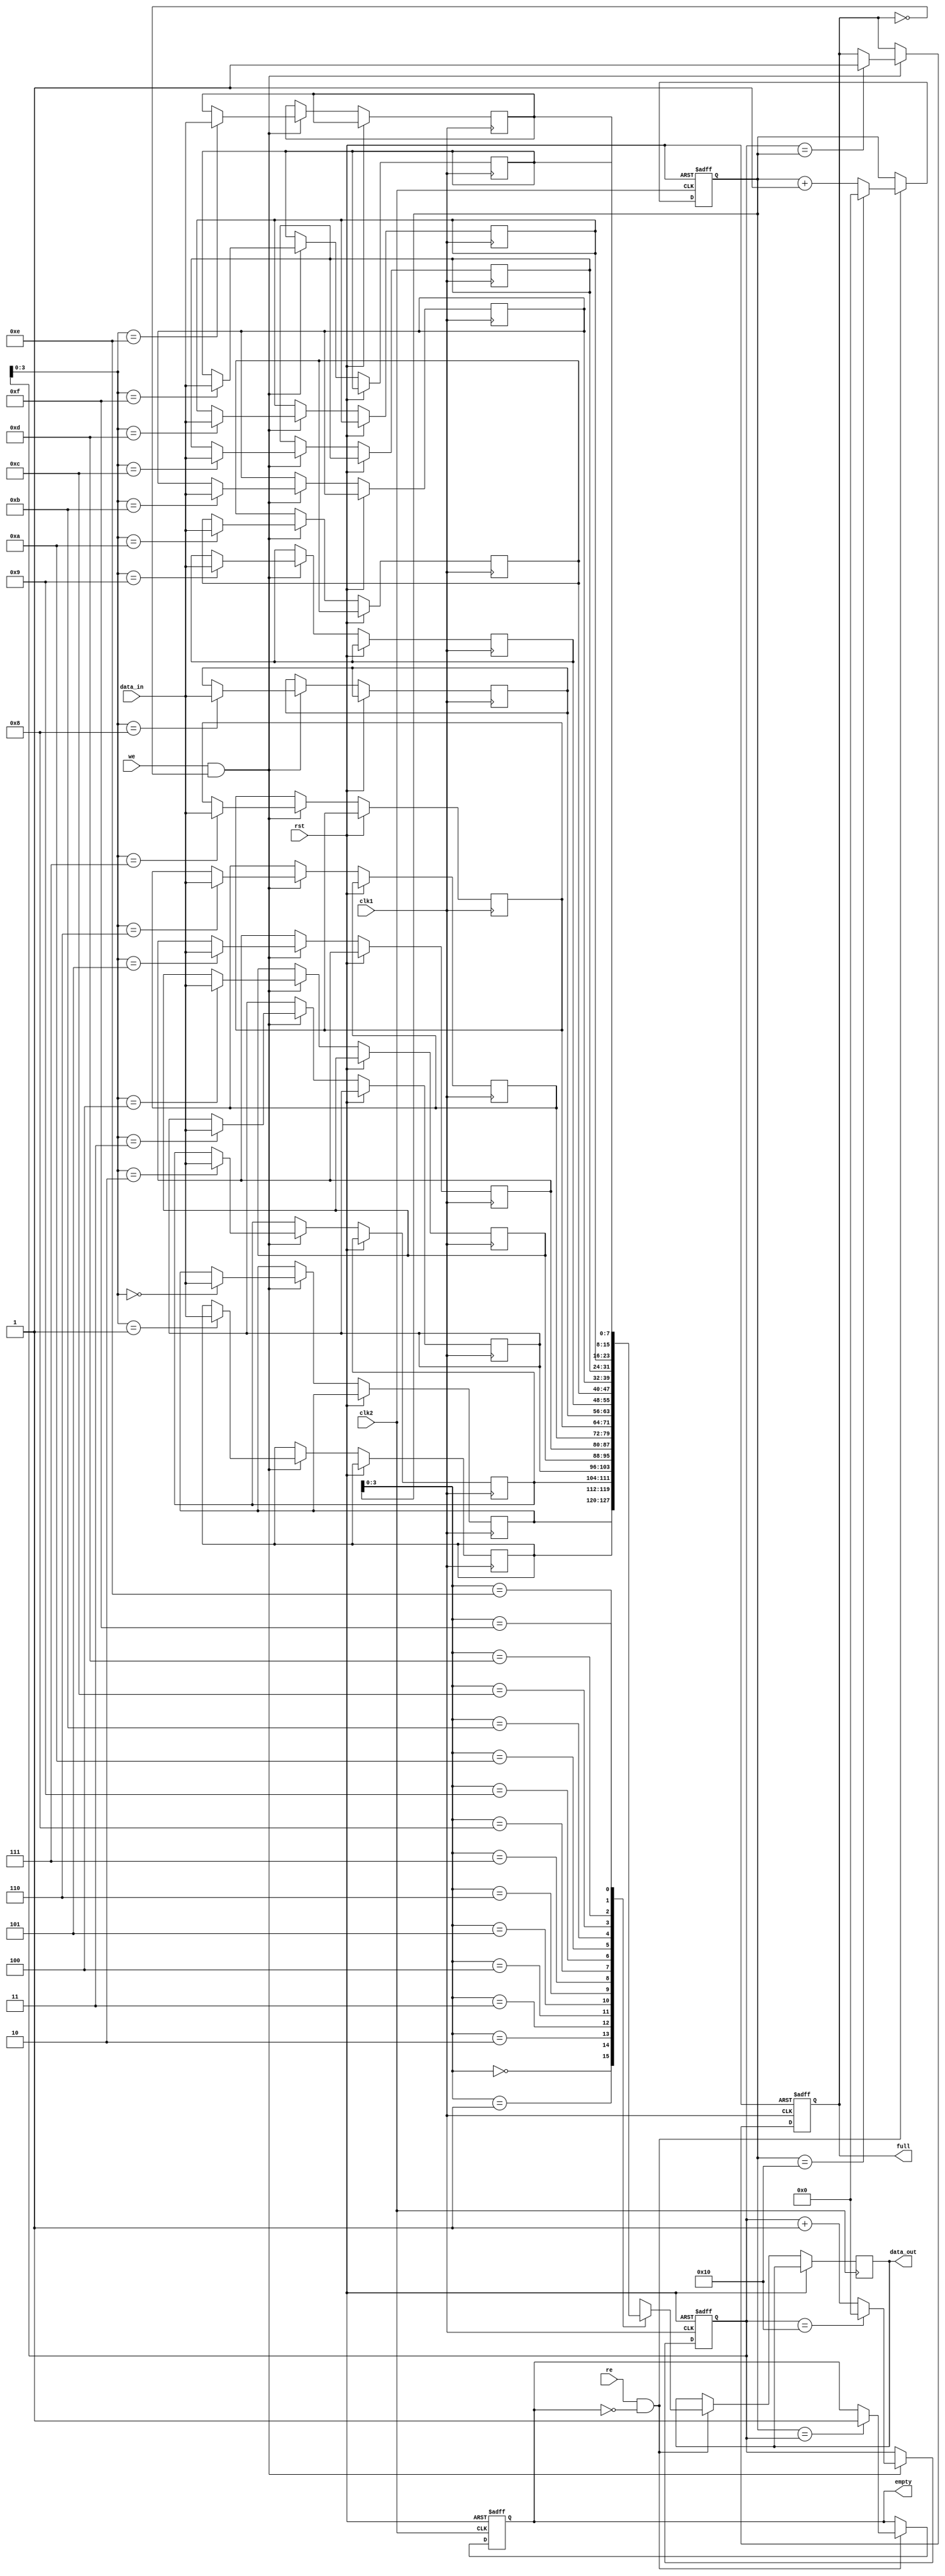
module fifo_buffer (
    input wire clk1, // Clock signal for write domain
    input wire clk2, // Clock signal for read domain
    input wire rst, // Reset signal
    input wire we, // Write enable signal
    input wire re, // Read enable signal
    input wire [DATA_WIDTH-1:0] data_in, // Input data
    output wire [DATA_WIDTH-1:0] data_out, // Output data
    output reg full, // Full flag to indicate FIFO is full
    output reg empty // Empty flag to indicate FIFO is empty
);

parameter DEPTH = 16; // Depth of FIFO buffer
parameter DATA_WIDTH = 8; // Width of data bus

reg [DATA_WIDTH-1:0] mem [0:DEPTH-1]; // Memory for FIFO buffer
reg [DATA_WIDTH-1:0] read_ptr; // Read pointer
reg [DATA_WIDTH-1:0] write_ptr; // Write pointer

// Logic for write operation
always @(posedge clk1 or posedge rst) begin
    if (rst) begin
        write_ptr <= 0;
        full <= 0;
    end else if (we && !full) begin
        mem[write_ptr] <= data_in;
        write_ptr <= write_ptr + 1;
        if (write_ptr == DEPTH) begin
            write_ptr <= 0;
        end
        if (write_ptr == read_ptr) begin
            full <= 1;
        end
    end
end

// Logic for read operation
always @(posedge clk2 or posedge rst) begin
    if (rst) begin
        read_ptr <= 0;
        empty <= 1;
    end else if (re && !empty) begin
        data_out <= mem[read_ptr];
        read_ptr <= read_ptr + 1;
        if (read_ptr == DEPTH) begin
            read_ptr <= 0;
        end
        if (read_ptr == write_ptr) begin
            empty <= 1;
        end
    end
end

endmodule